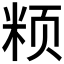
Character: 𱂧